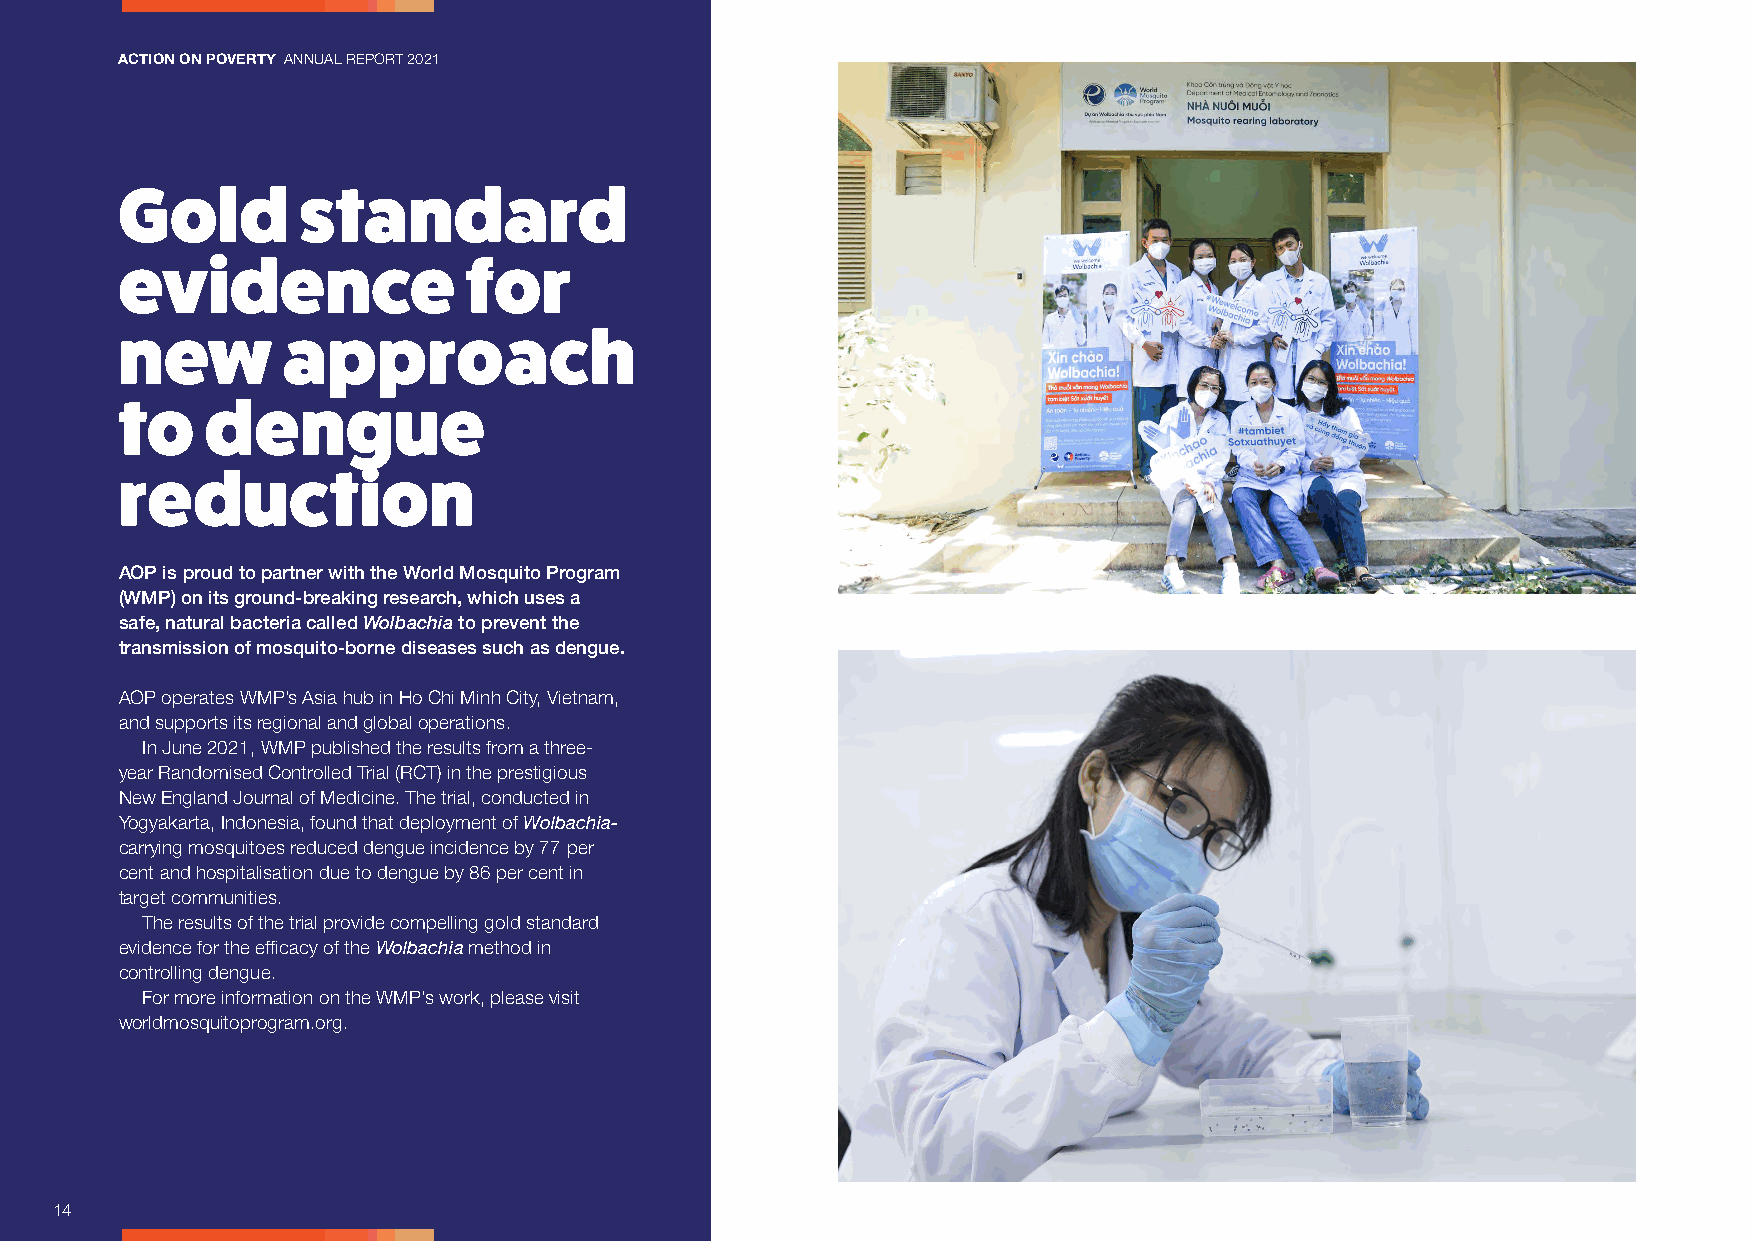
ACTION ON POVERTY ANNUAL REPORT 2021
 Gold        standard
 evidence               for
 new        approach
 to    dengue
 reduction
 AOP is proud to partner with the World Mosquito Program
 (WMP) on its ground-breaking research, which uses a
 safe, natural bacteria called Wolbachia to prevent the
 transmission of mosquito-borne diseases such as dengue.
 AOP operates WMP’s Asia hub in Ho Chi Minh City, Vietnam,
 and supports its regional and global operations.
 In June 2021, WMP published the results from a three-
 year Randomised Controlled Trial (RCT) in the prestigious
 New England Journal of Medicine. The trial, conducted in
 Yogyakarta, Indonesia, found that deployment of Wolbachia-
 carrying mosquitoes reduced dengue incidence by 77 per
 cent and hospitalisation due to dengue by 86 per cent in
 target communities.
 The results of the trial provide compelling gold standard
 evidence for the efficacy of the Wolbachia method in
 controlling dengue.
 For more information on the WMP’s work, please visit
 worldmosquitoprogram.org.
 14